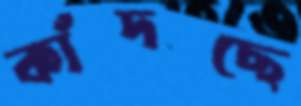
কাঁদছে